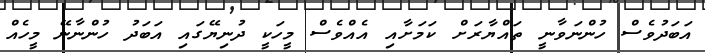
އަބަދުވެސް ހުންނަވާނީ ތައްޔާރަށް ކަމަށާއި އެއްވެސް މީހަކީ ދުނިޔޭގައި އަބަދު ހުންނާނޭ މީހެއް